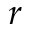
r